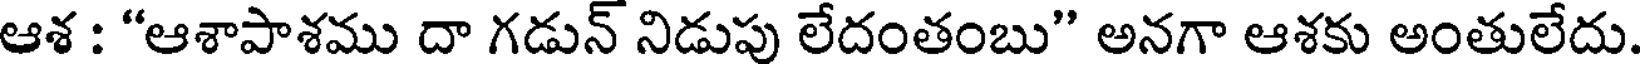
ఆశ : "ఆశాపాశము దా గడున్ నిడుపు లేదంతంబు" అనగా ఆశకు అంతులేదు.